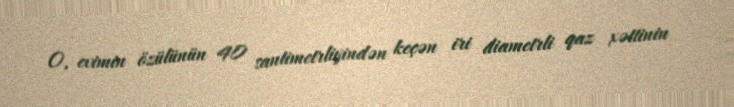
O, evimin özülünün 40 santimetrliyindən keçən iri diametrli qaz xəttinin